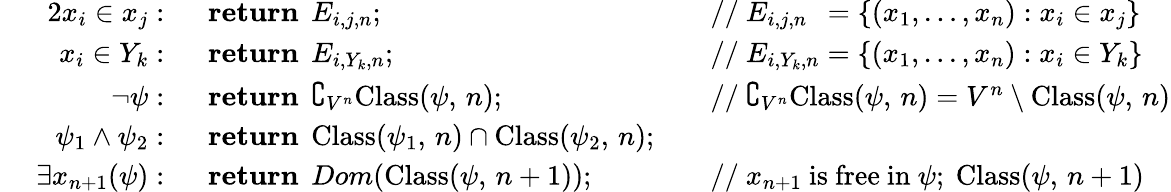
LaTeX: \begin{array}{rlrl}{{2}x_{i}\in x_{j}:\; \; }&{{}\mathbf{return}\; \, E_{i,j,n};}&{}&{{}{\mathrm{//~}}E_{i,j,n}\; \, =\{ (x_{1},\dots,x_{n}):x_{i}\in x_{j}\} }\\ {x_{i}\in Y_{k}:\; \; }&{{}\mathbf{return}\; \, E_{i,Y_{k},n};}&{}&{{}{\mathrm{//~}}E_{i,Y_{k},n}=\{ (x_{1},\dots,x_{n}):x_{i}\in Y_{k}\} }\\ {\neg\psi:\; \; }&{{}\mathbf{return}\; \, \complement_{V^{n}}{\mathrm{Class}}(\psi,\, n);}&{}&{{}{\mathrm{//~}}\complement_{V^{n}}{\mathrm{Class}}(\psi,\, n)=V^{n}\setminus{\mathrm{Class}}(\psi,\, n)}\\ {\psi_{1}\land\psi_{2}:\; \; }&{{}\mathbf{return}\; \, {\mathrm{Class}}(\psi_{1},\, n)\cap{\mathrm{Class}}(\psi_{2},\, n);}&{}&{{}}\\ {\; \; \; \; \, \exists x_{n+1}(\psi):\; \; }&{{}\mathbf{return}\; \, Dom({\mathrm{Class}}(\psi,\, n+1));}&{}&{{}{\mathrm{//~}}x_{n+1}{\mathrm{~is~free~in~}}\psi;{\mathrm{~Class}}(\psi,\, n+1)}\end{array}